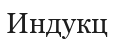
Индукц